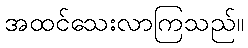
အထင်သေးလာကြသည်။